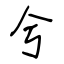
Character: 兮